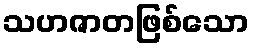
သဟဇာတဖြစ်သော